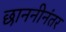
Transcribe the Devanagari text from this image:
छाननीनंतर